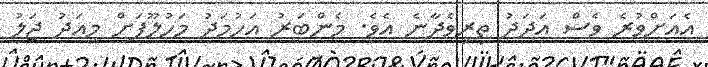
އެއަށްވުރެ ވެސް އަދަދު ތިރިވެދާނެ އެވެ. މެންބަރު އަހުމަދު މަހުލޫފަށް މިއަދު ޖަލު